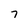
Character: 7